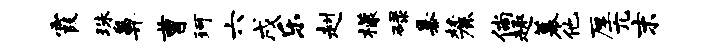
霞珠鼻曹珂六戌乐赳檬碌暴麓倘趣幕他厚兀末